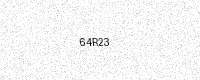
Text: 64R23